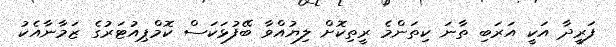
ފަރީދާ އަކީ އަރަބި ތާނަ ކިތަންމެ ރީތިކޮށް ލިޔުއްވާ ބޭފުޅަކަސް ކޮމްޕިއުޓަރުގެ ޒަމާނާއެކު